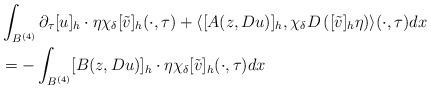
LaTeX: \begin{align*}&\int_{B^{(4)}}\partial_\tau[u]_h\cdot \eta\chi_\delta[\tilde{v}]_h(\cdot,\tau)+ \langle [A(z,Du)]_h,\chi_\delta D\left([\tilde{v}]_h\eta\right)\rangle(\cdot,\tau) dx\\&=-\int_{B^{(4)}} [B(z,Du)]_h\cdot \eta\chi_\delta[\tilde{v}]_h (\cdot,\tau) dx\end{align*}